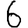
Digit: 6